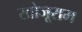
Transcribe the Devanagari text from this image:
खोजूराम